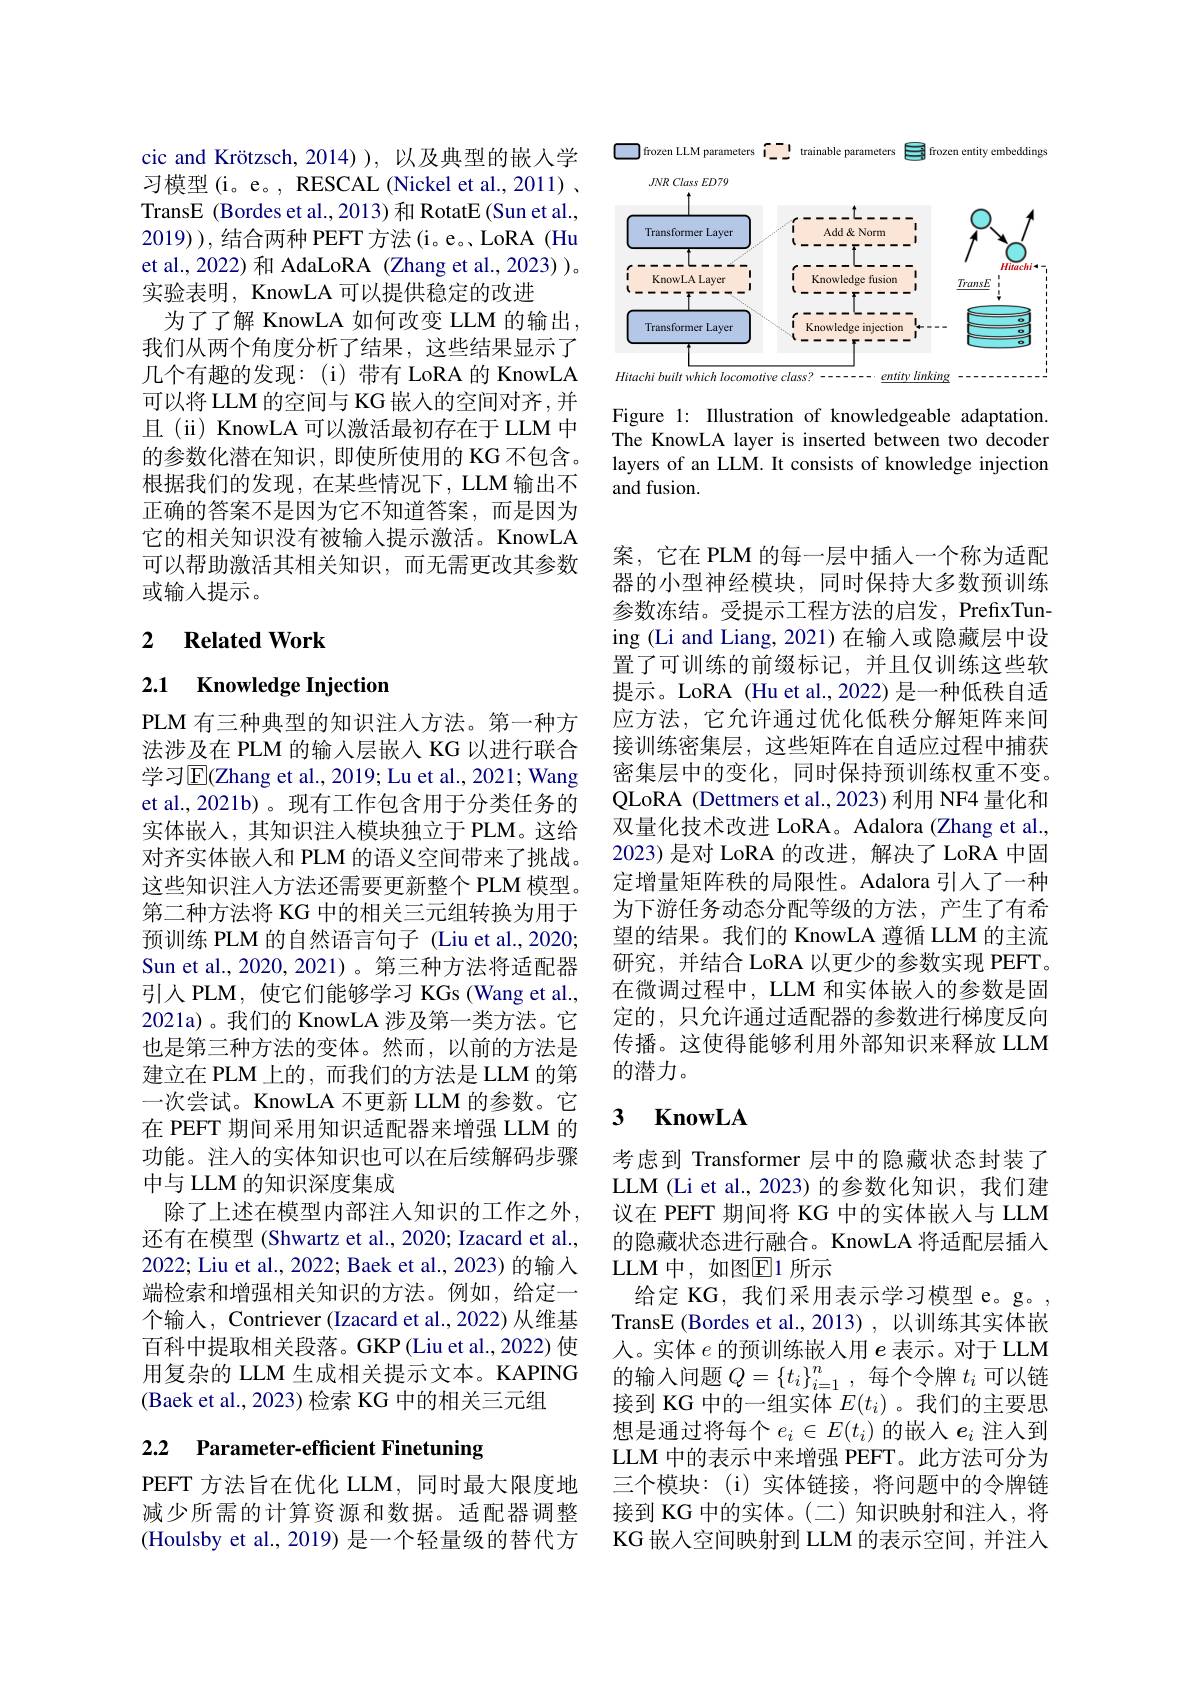
cic and Krötzsch, 2014)), 以及典型的嵌入学习模型(i。e。, RESCAL (Nickel et al., 2011) 、 TransE (Bordes et al., 2013) 和 RotatE (Sun et al., 2019) ) ,结合两种 PEFT 方法(i。e。LoRA (Hu et al., 2022) 和 AdaLoRA (Zhang et al., 2023) )。实验表明，KnowLA 可以提供稳定的改进
为了了解 KnowLA 如何改变 LLM 的输出， 我们从两个角度分析了结果，这些结果显示了几个有趣的发现：(i)带有 LoRA 的 KnowLA 可以将 LLM 的空间与 KG 嵌人的空间对齐，并且(ii) KnowLA 可以激活最初存在于 LLM 中的参数化潜在知识，即使所使用的 KG 不包含。根据我们的发现，在某些情况下，LLM 输出不正确的答案不是因为它不知道答案，而是因为它的相关知识没有被输入提示激活。KnowLA 可以帮助激活其相关知识，而无需更改其参数或输入提示。

### 2 $\textbf{Related Work}$

# 2.1 Knowledge Injection

PLM 有三种典型的知识注人方法。第一种方法涉及在 PLM 的输入层嵌入 KG 以进行联合学习$\overline{\mathrm{E}}($Zhang et al., 2019; Lu et al., 2021; Wang et al.,2021b)。现有工作包含用于分类任务的实体嵌入，其知识注人模块独立于 PLM。这给对齐实体嵌入和 PLM 的语义空间带来了挑战。这些知识注人方法还需要更新整个 PLM 模型。第二种方法将 KG 中的相关三元组转换为用于预训练 PLM 的自然语言句子 (Liu et al.,2020; Sun et al., 2020, 2021)。第三种方法将适配器引入 PLM, 使它们能够学习 KGs (Wang et al., 2021a)。我们的 KnowLA 涉及第一类方法。它也是第三种方法的变体。然而，以前的方法是建立在 PLM 上的，而我们的方法是 LLM 的第一次尝试。KnowLA 不更新 LLM 的参数。它在 PEFT 期间采用知识适配器来增强 LLM 的功能。注人的实体知识也可以在后续解码步骤中与 LLM 的知识深度集成
除了上述在模型内部注入知识的工作之外， 还有在模型 (Shwartz et al., 2020; Izacard et al., 2022; Liu et al., 2022; Baek et al., 2023) 的输入端检索和增强相关知识的方法。例如，给定一个输入，Contriever (Izacard et al., 2022) 从维基百科中提取相关段落。GKP(Liu et al., 2022) 使用复杂的 LLM 生成相关提示文本。KAPING (Baek et al., 2023) 检索 KG 中的相关三元组

# 2.2 Parameter-efficient Finetuning

PEFT 方法旨在优化 LLM, 同时最大限度地减少所需的计算资源和数据。适配器调整(Houlsby et al., 2019) 是一个轻量级的替代方

<FigureHere>

Figure 1: Illustration of knowledgeable adaptation. The KnowLA layer is inserted between two decoder layers of an LLM. It consists of knowledge injection and fusion.

案，它在 PLM 的每一层中插入一个称为适配器的小型神经模块，同时保持大多数预训练参数冻结。受提示工程方法的启发，PrefixTuning (Li and Liang, 2021)在输入或隐藏层中设置了可训练的前缀标记，并且仅训练这些软提示。LoRA (Hu et al., 2022) 是一种低秩自适应方法，它允许通过优化低秩分解矩阵来间接训练密集层，这些矩阵在自适应过程中捕获密集层中的变化，同时保持预训练权重不变。QLoRA (Dettmers et al., 2023) 利用 NF4 量化和双量化技术改进 LoRA。Adalora (Zhang et al., 2023)是对 LoRA 的改进，解决了 LoRA 中固定增量矩阵秩的局限性。Adalora 引入了一种为下游任务动态分配等级的方法，产生了有希望的结果。我们的 KnowLA 遵循 LLM 的主流研究，并结合 LoRA 以更少的参数实现 PEFT。在微调过程中，LLM 和实体嵌入的参数是固定的，只允许通过适配器的参数进行梯度反向传播。这使得能够利用外部知识来释放 LLM 的潜力。

## 3 KnowLA

考虑到 Transformer 层中的隐藏状态封装了LLM (Li et al., 2023) 的参数化知识，我们建议在 PEFT 期间将 KG 中的实体嵌入与 LLM 的隐藏状态进行融合。KnowLA 将适配层插人LLM 中，如图$\mathbb{E}$1 所示
给定 KG, 我们采用表示学习模型 e。g。, TransE (Bordes et al., 2013) , 以训练其实体嵌人。实体$e$的预训练嵌入用$e$表示。对于 LLM 的输入问题$Q=\{t_i\}_{i=1}^n$,每个令牌$t_i$可以链接到 KG 中的一组实体$E(t_i)$ 。我们的主要思想是通过将每个$e_i\in E(t_i)$的嵌入$e_i$注人到LLM 中的表示中来增强 PEFT。此方法可分为三个模块：(i)实体链接，将问题中的令牌链接到 KG 中的实体。(二)知识映射和注人，将KG 嵌入空间映射到 LLM 的表示空间，并注人